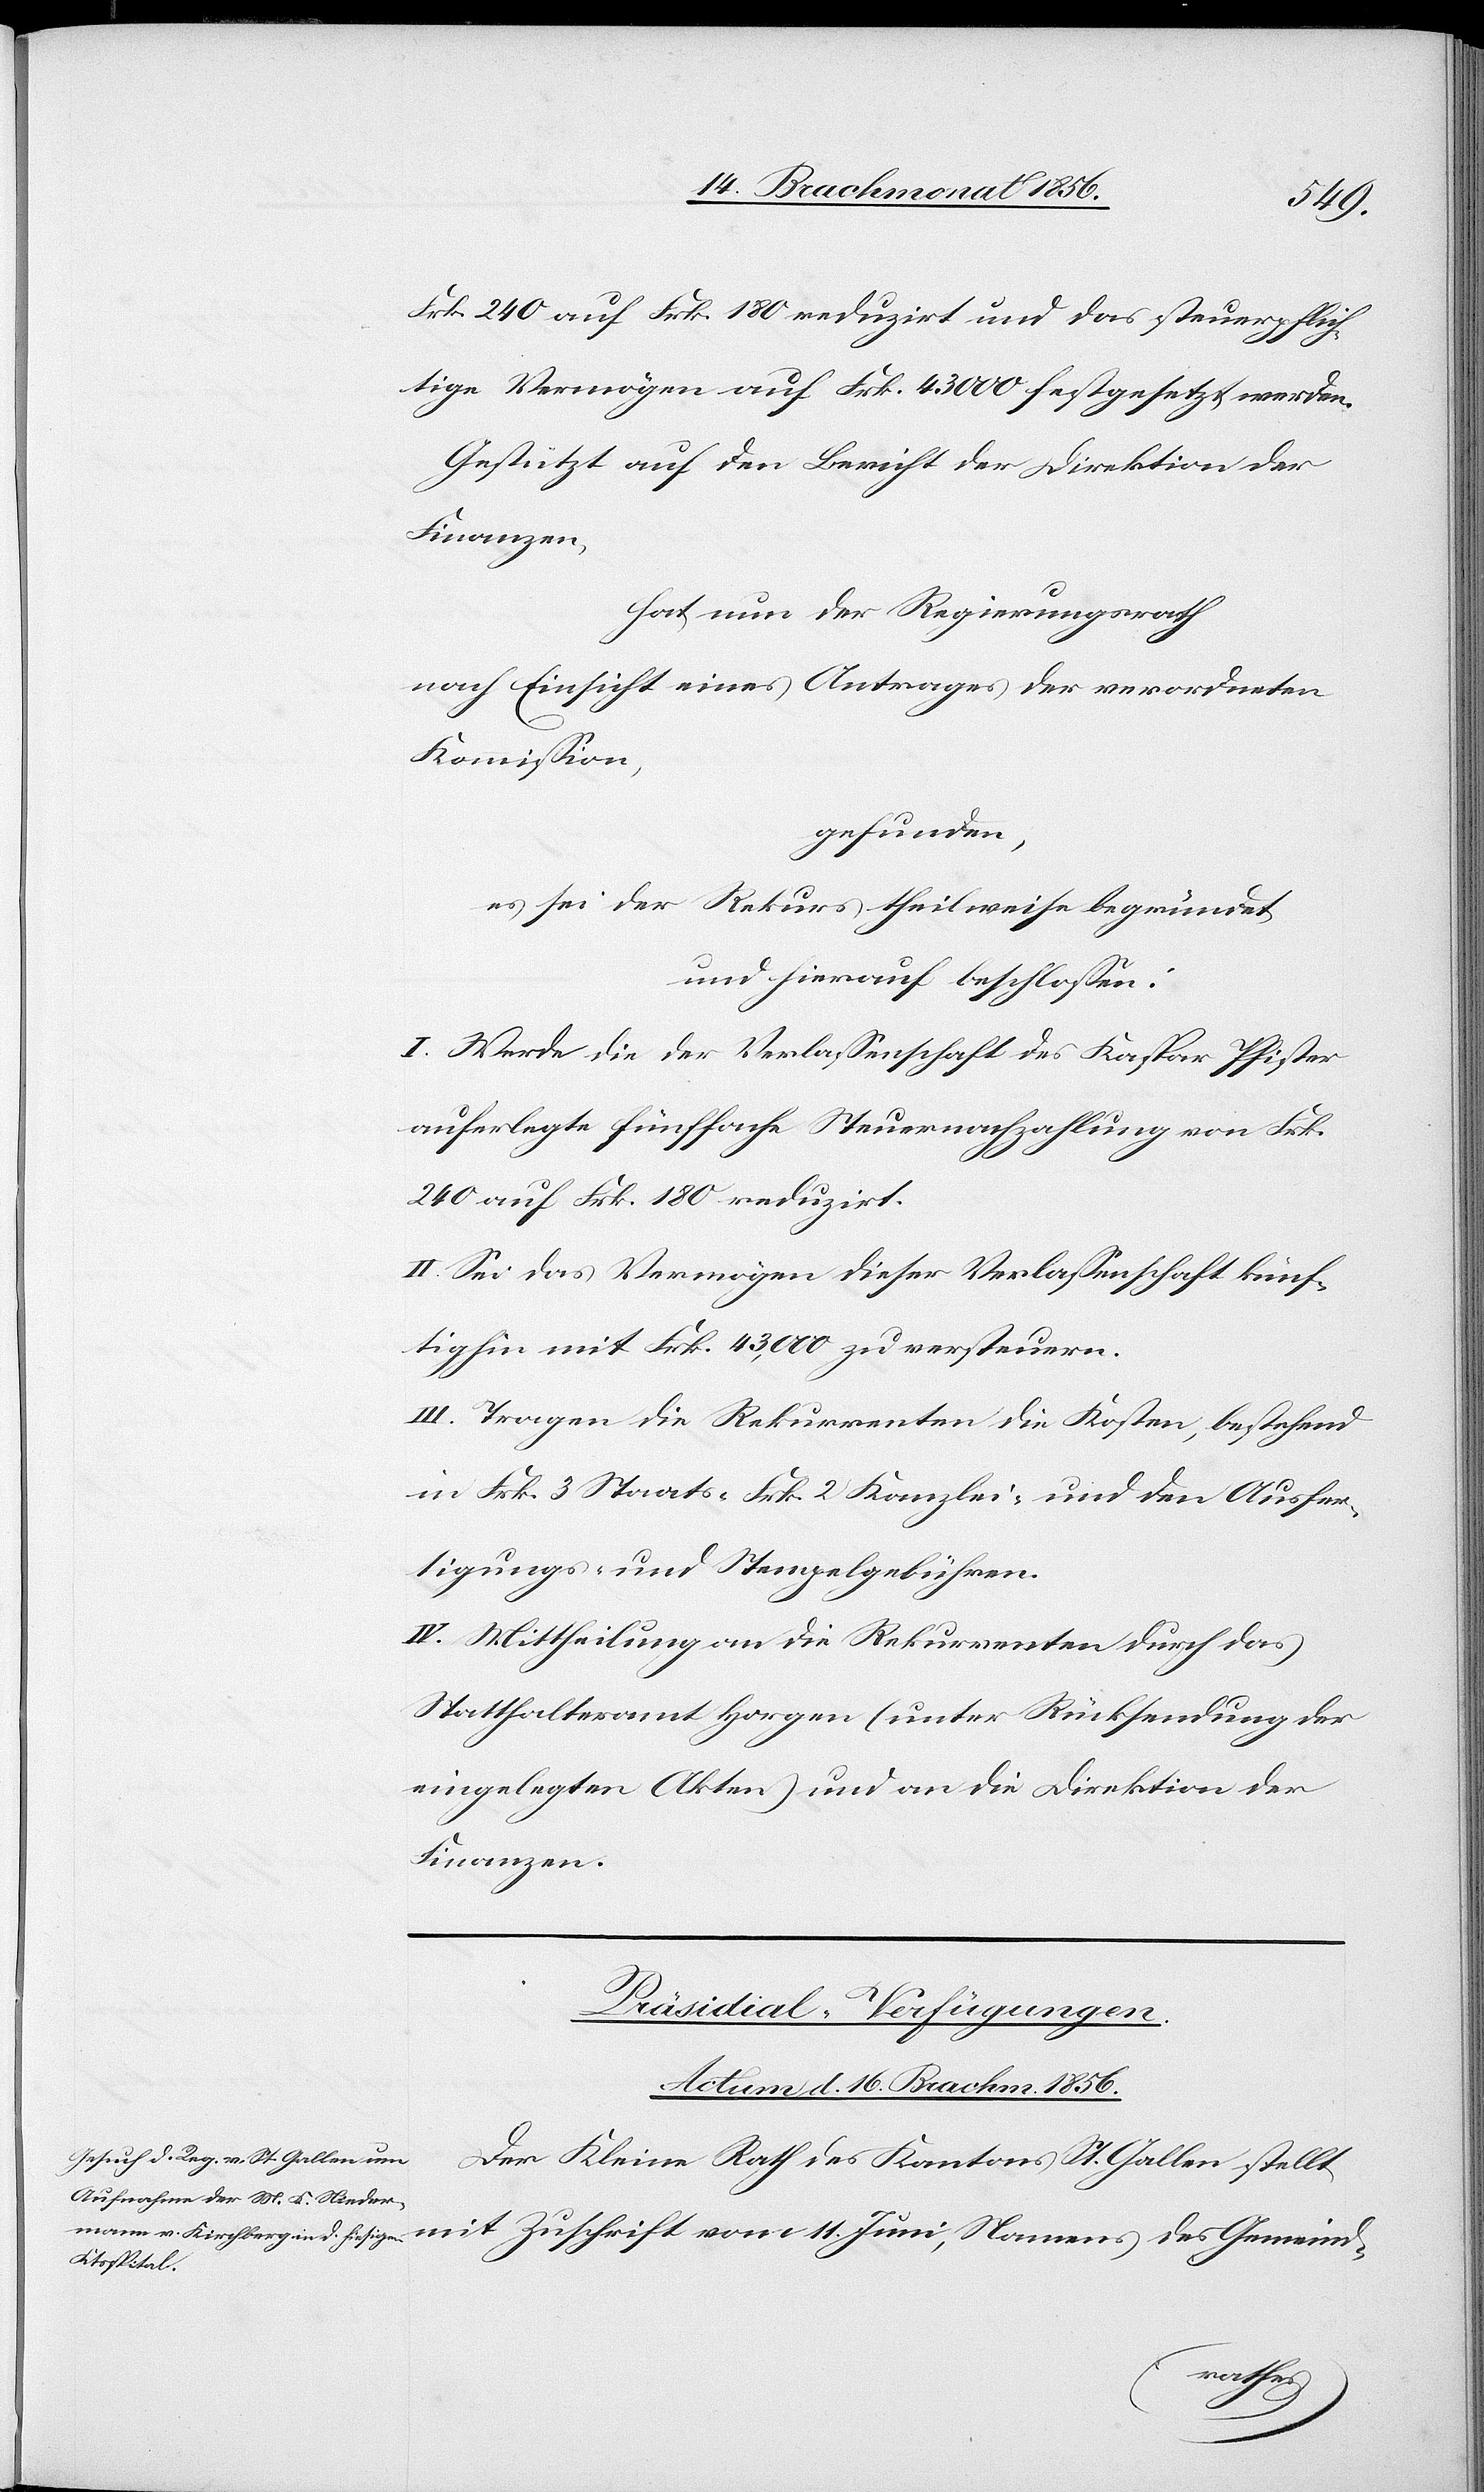
vom 11.
Frk. 240 auf Frk. 180 reduzirt und das steuerpflich¬
tige Vermögen auf Frk. 43000 festgesetzt werden.
Gestützt auf den Bericht der Direktion der
Finanzen,
hat der Regierungsrath
nach Einsicht eines Antrages der verordneten
Kommission,
gefunden,
es sei der Rekurs theilweise begründet
und hierauf beschlossen:
I. Werde die der Verlassenschaft des Kaspar Pfister
auferlegte fünffache Steuernachzahlung von Frk.
240 auf Frk. 180 reduzirt.
II. Sei das Vermögen dieser Verlassenschaft künf¬
tighin mit Frk. 43,000 zu versteuern.
III. Tragen die Rekurrenten die Kosten, bestehend
in Frk. 3 Staats- [,] Frk. 2 Kanzlei- und den Ausfer¬
tigungs- und Stempelgebühren.
IV. Mittheilung an die Rekurrenten durch das
Statthalteramt Horgen (unter Rücksendung der
eingelegten Akten) und an die Direktion der
Finanzen.
Präsidial-Verfügungen.
Actum d. 16. Brachm. 1856.
Der Kleine Rath des Kantons St. Gallen stellt
Namens des